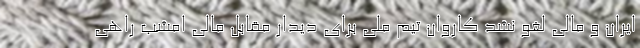
ایران و مالی لغو نشد کاروان تیم ملی برای دیدار مقابل مالی امشب راهی